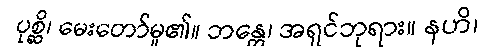
ပုစ္ဆိ၊ မေးတော်မူ၏။ ဘန္တေ၊ အရှင်ဘုရား။ နဟိ၊